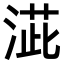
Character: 𣸆